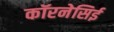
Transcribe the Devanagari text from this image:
कॉरनेसिई